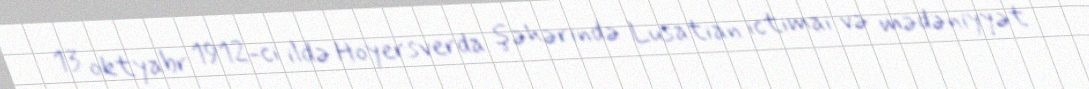
13 oktyabr 1912-ci ildə Hoyersverda şəhərində Lusatian ictimai və mədəniyyət